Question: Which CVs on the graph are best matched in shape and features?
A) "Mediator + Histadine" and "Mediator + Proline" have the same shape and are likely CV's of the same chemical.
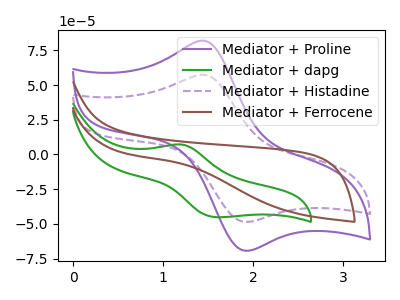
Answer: <think>The purple curve "Mediator + Proline" has an anodic peak at (1.45V, 81.90uA) and a cathodic peak at (1.90V, -69.30uA). The green curve "Mediator + dapg" has an anodic peak at (1.20V, 7.15uA) and a cathodic peak at (1.60V, -45.10uA). The purple dashed curve "Mediator + Histadine" has an anodic peak at (1.45V, 57.35uA) and a cathodic peak at (1.90V, -48.50uA). The brown curve "Mediator + Ferrocene" has no peaks.
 "Mediator + Proline" and "Mediator + dapg" have at least one peak that do not match. All the peaks in "Mediator + Proline" have a peak in "Mediator + Histadine" at the same potential. Every peak in "Mediator + Proline" is higher than every peak in "Mediator + Histadine". "Mediator + Proline" and "Mediator + Ferrocene" have a different number of peaks. "Mediator + dapg" and "Mediator + Histadine" have at least one peak that do not match. "Mediator + dapg" and "Mediator + Ferrocene" have a different number of peaks. "Mediator + Histadine" and "Mediator + Ferrocene" have a different number of peaks.</think>
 <answer>A) "Mediator + Histadine" and "Mediator + Proline" have the same shape and are likely CV's of the same chemical.</answer>
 <eval>A</eval>